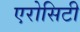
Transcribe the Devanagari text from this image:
एरोसिटी